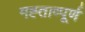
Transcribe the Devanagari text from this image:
मह्ताव्पूर्ण